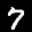
Label: 7